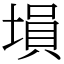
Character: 塤